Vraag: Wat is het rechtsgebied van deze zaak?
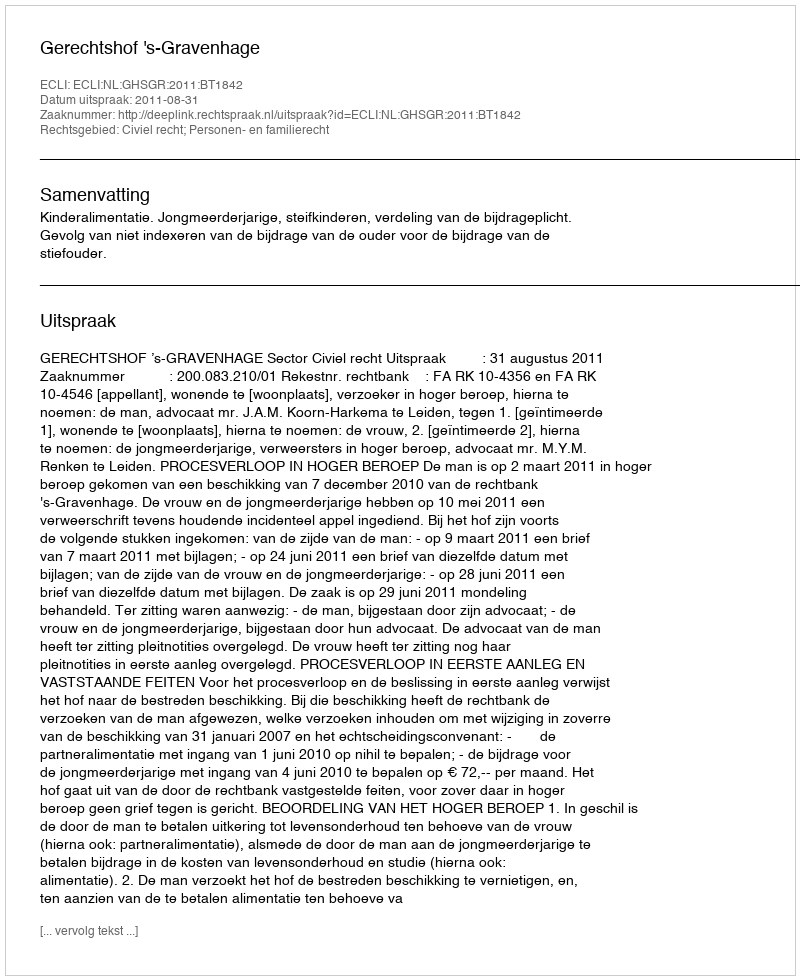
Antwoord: Civiel recht; Personen- en familierecht